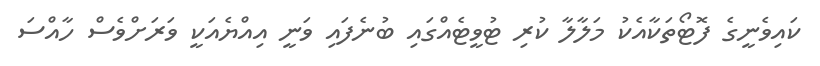
ކައިވެނީގެ ފޮޓޯތަކާއެކު މަލާލާ ކުރި ޓުވީޓެއްގައި ބުނެފައި ވަނީ އިއްޔެއަކީ ވަރަށްވެސް ހާއްސަ